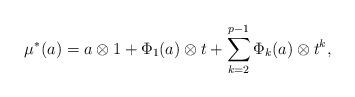
LaTeX: \begin{align*}\mu^{\ast}(a)= a\otimes 1 +\Phi_1(a)\otimes t +\sum_{k=2}^{p-1}\Phi_k(a)\otimes t^k,\end{align*}